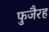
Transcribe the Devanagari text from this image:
फुजैरह